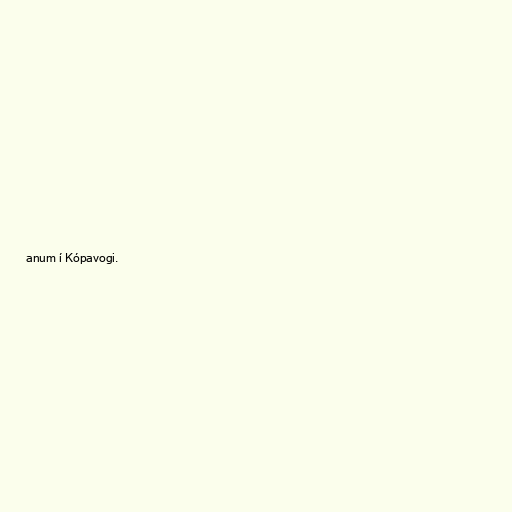
anum í Kópavogi.